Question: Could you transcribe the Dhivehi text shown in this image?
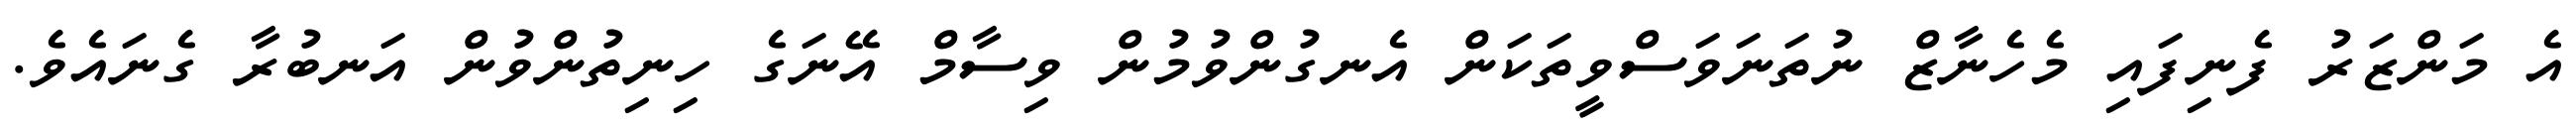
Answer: އެ މަންޒަރު ފެނިފައި މެހެނާޒް ނުތަނަވަސްވީތަކަން އެނގުންވުމުން ވިސާމް އޭނަގެ ހިނިތުންވުން އަނބުރާ ގެނައެވެ.